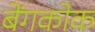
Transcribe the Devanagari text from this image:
बेंगकोक